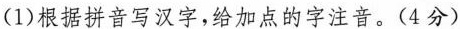
(1)根据拼音写汉字，给加点的字注音。(4分)